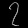
Digit: ၇